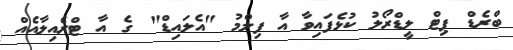
ބްރެޑް ޕިޓް ލީޑްރޯލު ކުޅެފައިވާ އާ ފިލްމު "އެލައިޑް" ގެ އާ ޓްރެއިލާއެއް